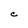
Character: C